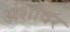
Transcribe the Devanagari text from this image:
अंशांवर